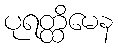
ပုရတ္ထိမေန